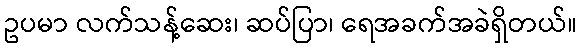
ဥပမာ လက်သန့်ဆေး၊ ဆပ်ပြာ၊ ရေအခက်အခဲရှိတယ်။